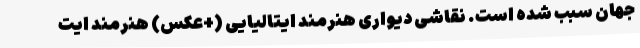
جهان سبب شده است. نقاشی دیواری هنرمند ایتالیایی (+عکس) هنرمند ایت